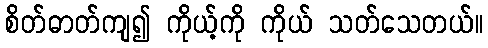
စိတ်ဓာတ်ကျ၍ ကိုယ့်ကို ကိုယ် သတ်သေတယ်။